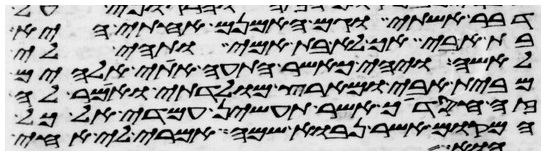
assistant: דבר אשתי וגם האמנם אחותי היא
בת אבי אך לא בת אמי ותהי לי
לאשה ויהי כאשר התעה אתי אלהים
מבית אבי ומארץ מולדתי ואמר לה
זה חסדיך אשר תעשין עמדי אל כל
המקום אשר נבוא שמה אמרי לי אחי